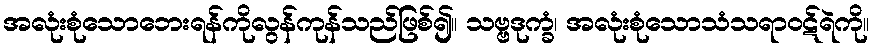
အလုံးစုံသောဘေးရန်ကိုလွန်ကုန်သည်ဖြစ်၍။ သဗ္ဗဒုက္ခံ၊ အလုံးစုံသောသံသရာဝဋ်ရဲကို။